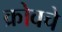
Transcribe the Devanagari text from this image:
क्रोवचे